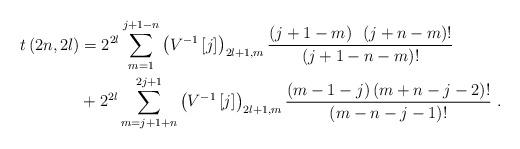
LaTeX: \begin{align*}t\left( 2n,2l\right) & =2^{2l}\sum_{m=1}^{j+1-n}\left( V^{-1}\left[j\right] \right) _{2l+1,m}\frac{\left( j+1-m\right) ~\left( j+n-m\right)!}{\left( j+1-n-m\right) !}\\& +2^{2l}\sum_{m=j+1+n}^{2j+1}\left( V^{-1}\left[ j\right] \right)_{2l+1,m}\frac{\left( m-1-j\right) \left( m+n-j-2\right) !}{\left(m-n-j-1\right) !}\ . \end{align*}